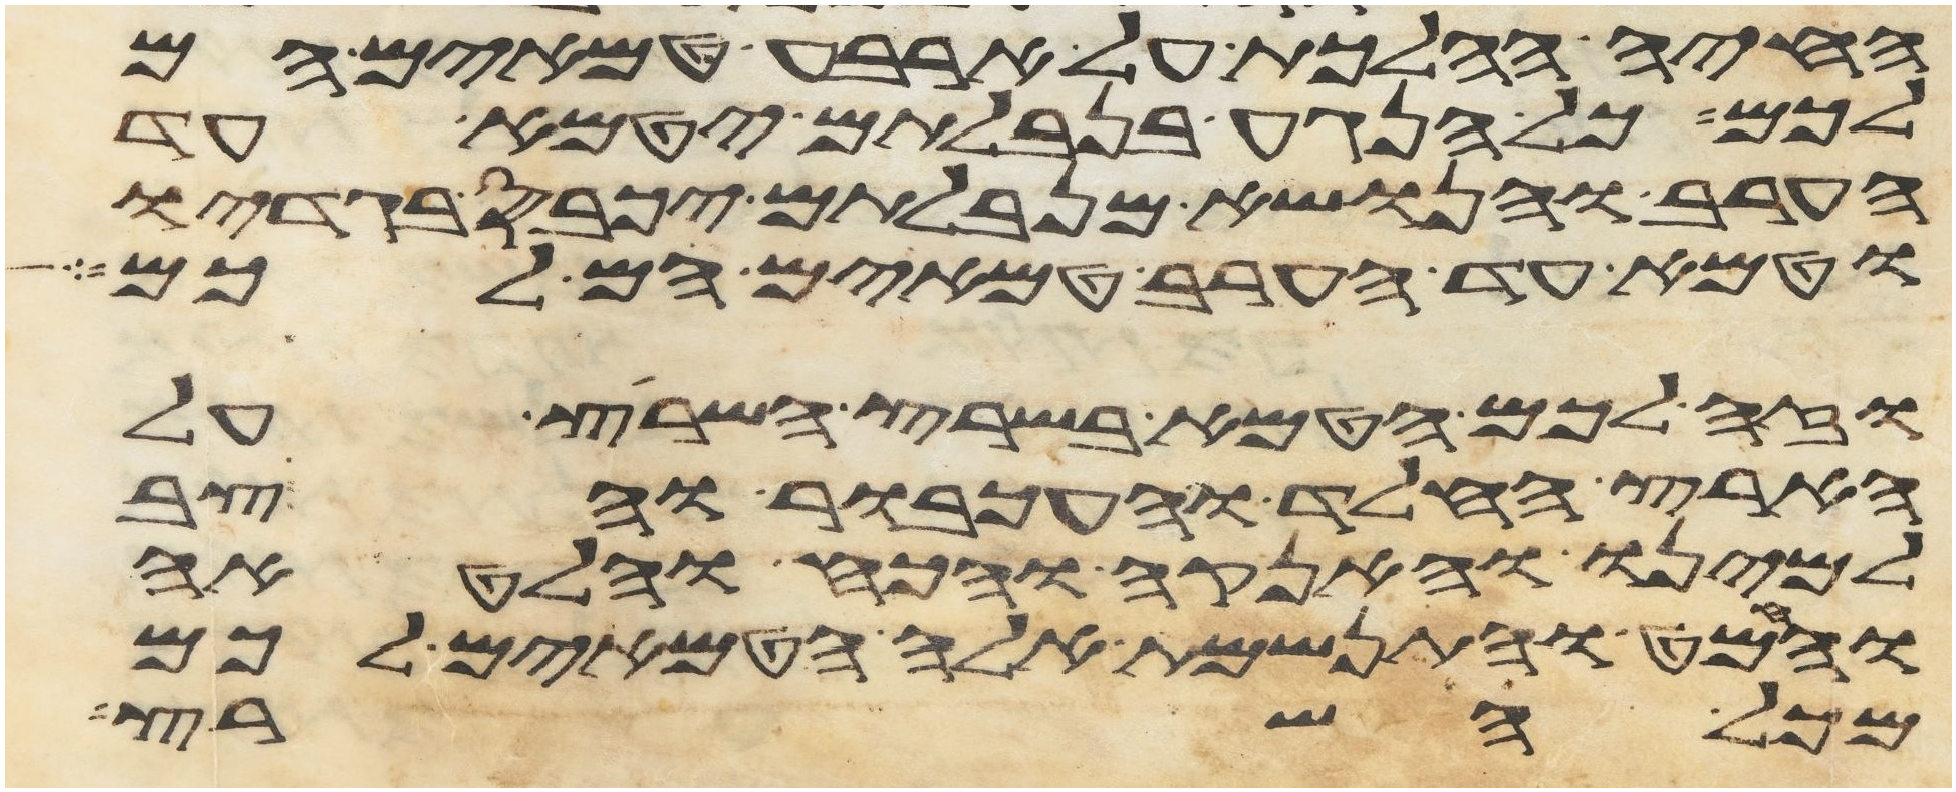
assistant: החיה ההלכת על ארבע טמאים הם
לכם כל הנגע בנבלתם יטמא עד
הערב והנשא מנבלתם יכבס בגדיו
וטמא עד הערב טמאים הם לכם
וזה לכם הטמא בשרץ השרץ על
הארץ החלד והעכבור והצב
למינו והאנקה והכח והלאטה
והמט והתנשמת אלה הטמאים לכם
מכל השרץ